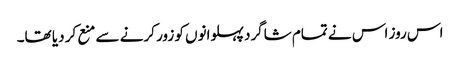
اس روز اس نے تمام شاگرد پہلوانوں کو زور کرنے سے منع کر دیا تھا۔